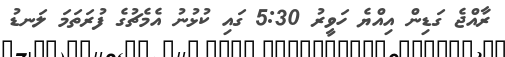
ރާއްޖެ ގަޑިން އިއްޔެ ހަވީރު 5:30 ގައި ކުޅުނު އެމެޗުގެ ފުރަތަމަ ލަނޑު